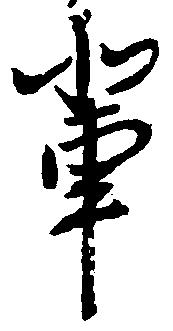
輩